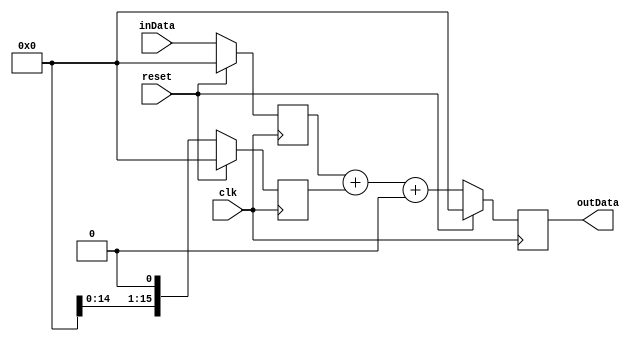
module smallPidController #(
    parameter WIDTH = 16,       ///< Width of data path
    parameter KP = 0,           ///< Proportional gain
    parameter KI = 0,           ///< Integral gain
    parameter KD = 0,           ///< Differential gain
    parameter KI_WIDTH = WIDTH, ///< Width of integral path accumulator
    parameter ENABLE_KP = 1,    ///< Enable Proportional section
    parameter ENABLE_KI = 1,    ///< Enable Integral section
    parameter ENABLE_KD = 0,    ///< Enable Differential section
    parameter ENABLE_CLAMP = 0, ///< Clamp the integrator to prevent overflow
    parameter ENABLE_BLEED = 0  ///< Provide an optional "bleed down" for the integrator
)
(
    input  wire clk,
    input  wire reset,
    input  wire signed [WIDTH-1:0] inData,
    output reg  signed [WIDTH-1:0] outData
);

wire signed [KI_WIDTH:0] integratorCalc;

reg signed [WIDTH-1:0]    inDataD1;
reg signed [WIDTH:0]      differentiator;
reg signed [KI_WIDTH-1:0] integrator;

always @(posedge clk) begin
    if (reset) begin
        inDataD1       <= 'd0;
        outData        <= 'd0;
        differentiator <= 'd0;
        integrator     <= 'd0;
    end
    else begin
        // Delay input data for proportional and derivative sections
        inDataD1 <= inData;

        // Calculate output
        outData <= ((ENABLE_KP) ? (inDataD1       >>> KP) : 'd0)
                 + ((ENABLE_KI) ? (integrator     >>> KI) : 'd0) 
                 + ((ENABLE_KD) ? (differentiator >>> KD) : 'd0);

        // Differentiator
        if (ENABLE_KD) differentiator <= inData - inDataD1;
        else           differentiator <= 'd0;

        // Integrator
        if (ENABLE_KI) begin
            if (ENABLE_CLAMP) begin
                integrator <= (^integratorCalc[KI_WIDTH -: 2])
                            ? {integratorCalc[KI_WIDTH], {(KI_WIDTH-1){~integratorCalc[KI_WIDTH]}}}
                            : integratorCalc;
            end
            else begin
                integrator <= integratorCalc;
            end
        end
        else begin
            integrator <= 'd0;
        end
    end
end

endmodule